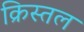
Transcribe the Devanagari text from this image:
क्रिस्तल